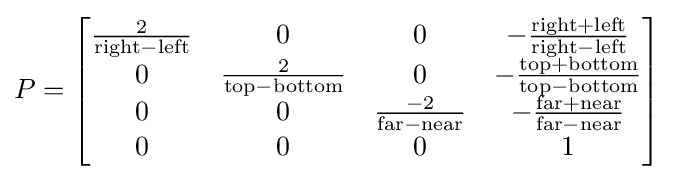
P={\begin{bmatrix}{\frac {2}{{\text{right}}-{\text{left}}}}&0&0&-{\frac {{\text{right}}+{\text{left}}}{{\text{right}}-{\text{left}}}}\\0&{\frac {2}{{\text{top}}-{\text{bottom}}}}&0&-{\frac {{\text{top}}+{\text{bottom}}}{{\text{top}}-{\text{bottom}}}}\\0&0&{\frac {-2}{{\text{far}}-{\text{near}}}}&-{\frac {{\text{far}}+{\text{near}}}{{\text{far}}-{\text{near}}}}\\0&0&0&1\end{bmatrix}}